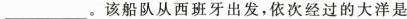
___.该船队从西班牙出发，依次经过的大洋是